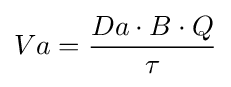
Va={\frac {Da\cdot B\cdot Q}{\tau }}